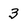
Character: 3